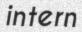
intern